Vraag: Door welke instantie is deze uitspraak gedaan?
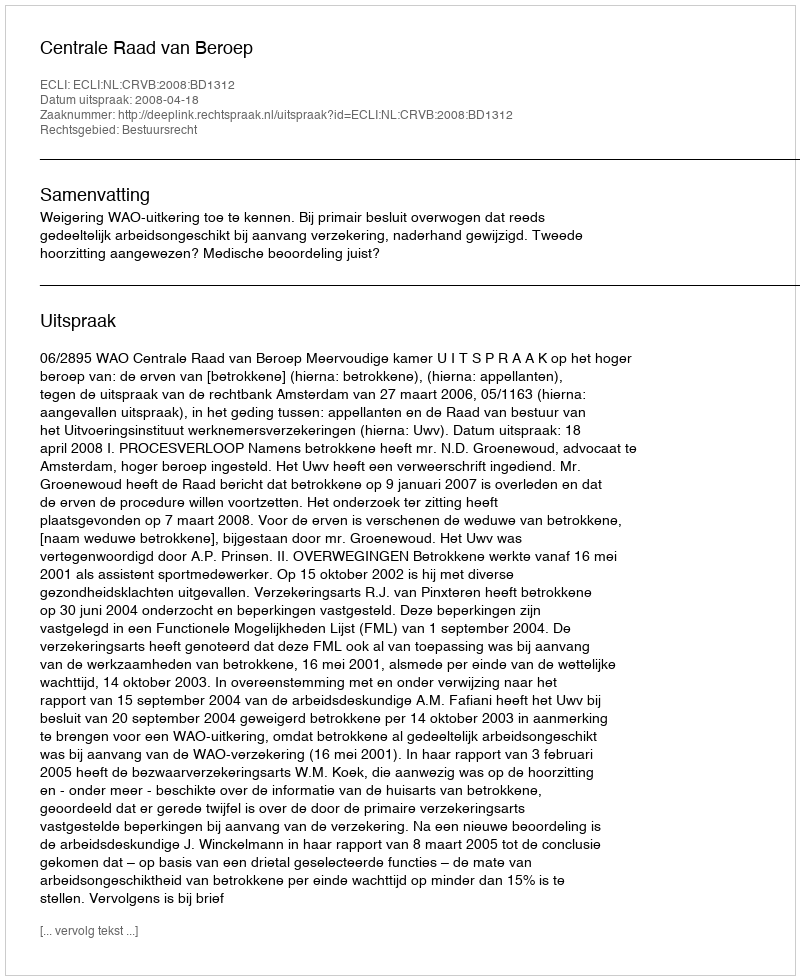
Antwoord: Centrale Raad van Beroep